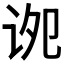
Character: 𫍠